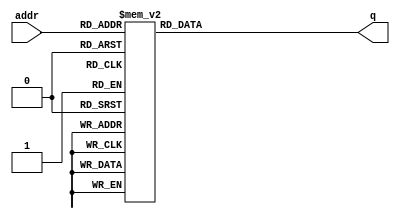
module ducq_costheta(
  input  wire [ 8:0] addr,
  output reg  [ 7:0] q
);
  always @* begin
    case (addr)
      9'h000: q = 8'hFF;
      9'h001: q = 8'hFF;
      9'h002: q = 8'hFF;
      9'h003: q = 8'hFF;
      9'h004: q = 8'hFF;
      9'h005: q = 8'hFF;
      9'h006: q = 8'hFF;
      9'h007: q = 8'hFF;
      9'h008: q = 8'hFF;
      9'h009: q = 8'hFF;
      9'h00A: q = 8'hFF;
      9'h00B: q = 8'hFF;
      9'h00C: q = 8'hFF;
      9'h00D: q = 8'hFF;
      9'h00E: q = 8'hFF;
      9'h00F: q = 8'hFF;
      9'h010: q = 8'hFF;
      9'h011: q = 8'hFF;
      9'h012: q = 8'hFF;
      9'h013: q = 8'hFF;
      9'h014: q = 8'hFF;
      9'h015: q = 8'hFF;
      9'h016: q = 8'hFF;
      9'h017: q = 8'hFF;
      9'h018: q = 8'hFF;
      9'h019: q = 8'hFF;
      9'h01A: q = 8'hFF;
      9'h01B: q = 8'hFF;
      9'h01C: q = 8'hFF;
      9'h01D: q = 8'hFF;
      9'h01E: q = 8'hFF;
      9'h01F: q = 8'hFF;
      9'h020: q = 8'hFF;
      9'h021: q = 8'hFF;
      9'h022: q = 8'hFF;
      9'h023: q = 8'hFF;
      9'h024: q = 8'hFF;
      9'h025: q = 8'hFF;
      9'h026: q = 8'hFF;
      9'h027: q = 8'hFF;
      9'h028: q = 8'hFF;
      9'h029: q = 8'hFF;
      9'h02A: q = 8'hFF;
      9'h02B: q = 8'hFF;
      9'h02C: q = 8'hFF;
      9'h02D: q = 8'hFF;
      9'h02E: q = 8'hFF;
      9'h02F: q = 8'hFF;
      9'h030: q = 8'hFF;
      9'h031: q = 8'hFF;
      9'h032: q = 8'hFF;
      9'h033: q = 8'hFF;
      9'h034: q = 8'hFF;
      9'h035: q = 8'hFF;
      9'h036: q = 8'hFF;
      9'h037: q = 8'hFF;
      9'h038: q = 8'hFF;
      9'h039: q = 8'hFF;
      9'h03A: q = 8'hFF;
      9'h03B: q = 8'hFF;
      9'h03C: q = 8'hFF;
      9'h03D: q = 8'hFF;
      9'h03E: q = 8'hFF;
      9'h03F: q = 8'hFF;
      9'h040: q = 8'hFF;
      9'h041: q = 8'hFF;
      9'h042: q = 8'hFF;
      9'h043: q = 8'hFF;
      9'h044: q = 8'hFF;
      9'h045: q = 8'hFF;
      9'h046: q = 8'hFF;
      9'h047: q = 8'hFE;
      9'h048: q = 8'hFE;
      9'h049: q = 8'hFE;
      9'h04A: q = 8'hFE;
      9'h04B: q = 8'hFE;
      9'h04C: q = 8'hFE;
      9'h04D: q = 8'hFE;
      9'h04E: q = 8'hFE;
      9'h04F: q = 8'hFE;
      9'h050: q = 8'hFE;
      9'h051: q = 8'hFE;
      9'h052: q = 8'hFE;
      9'h053: q = 8'hFE;
      9'h054: q = 8'hFE;
      9'h055: q = 8'hFE;
      9'h056: q = 8'hFE;
      9'h057: q = 8'hFE;
      9'h058: q = 8'hFE;
      9'h059: q = 8'hFE;
      9'h05A: q = 8'hFE;
      9'h05B: q = 8'hFE;
      9'h05C: q = 8'hFD;
      9'h05D: q = 8'hFD;
      9'h05E: q = 8'hFD;
      9'h05F: q = 8'hFD;
      9'h060: q = 8'hFD;
      9'h061: q = 8'hFD;
      9'h062: q = 8'hFD;
      9'h063: q = 8'hFD;
      9'h064: q = 8'hFD;
      9'h065: q = 8'hFD;
      9'h066: q = 8'hFD;
      9'h067: q = 8'hFD;
      9'h068: q = 8'hFD;
      9'h069: q = 8'hFD;
      9'h06A: q = 8'hFD;
      9'h06B: q = 8'hFD;
      9'h06C: q = 8'hFC;
      9'h06D: q = 8'hFC;
      9'h06E: q = 8'hFC;
      9'h06F: q = 8'hFC;
      9'h070: q = 8'hFC;
      9'h071: q = 8'hFC;
      9'h072: q = 8'hFC;
      9'h073: q = 8'hFC;
      9'h074: q = 8'hFC;
      9'h075: q = 8'hFC;
      9'h076: q = 8'hFC;
      9'h077: q = 8'hFC;
      9'h078: q = 8'hFC;
      9'h079: q = 8'hFC;
      9'h07A: q = 8'hFC;
      9'h07B: q = 8'hFB;
      9'h07C: q = 8'hFB;
      9'h07D: q = 8'hFB;
      9'h07E: q = 8'hFB;
      9'h07F: q = 8'hFB;
      9'h080: q = 8'hFB;
      9'h081: q = 8'hFB;
      9'h082: q = 8'hFB;
      9'h083: q = 8'hFB;
      9'h084: q = 8'hFB;
      9'h085: q = 8'hFB;
      9'h086: q = 8'hFB;
      9'h087: q = 8'hFB;
      9'h088: q = 8'hFA;
      9'h089: q = 8'hFA;
      9'h08A: q = 8'hFA;
      9'h08B: q = 8'hFA;
      9'h08C: q = 8'hFA;
      9'h08D: q = 8'hFA;
      9'h08E: q = 8'hFA;
      9'h08F: q = 8'hFA;
      9'h090: q = 8'hFA;
      9'h091: q = 8'hFA;
      9'h092: q = 8'hFA;
      9'h093: q = 8'hFA;
      9'h094: q = 8'hF9;
      9'h095: q = 8'hF9;
      9'h096: q = 8'hF9;
      9'h097: q = 8'hF9;
      9'h098: q = 8'hF9;
      9'h099: q = 8'hF9;
      9'h09A: q = 8'hF9;
      9'h09B: q = 8'hF9;
      9'h09C: q = 8'hF9;
      9'h09D: q = 8'hF9;
      9'h09E: q = 8'hF9;
      9'h09F: q = 8'hF8;
      9'h0A0: q = 8'hF8;
      9'h0A1: q = 8'hF8;
      9'h0A2: q = 8'hF8;
      9'h0A3: q = 8'hF8;
      9'h0A4: q = 8'hF8;
      9'h0A5: q = 8'hF8;
      9'h0A6: q = 8'hF8;
      9'h0A7: q = 8'hF8;
      9'h0A8: q = 8'hF8;
      9'h0A9: q = 8'hF7;
      9'h0AA: q = 8'hF7;
      9'h0AB: q = 8'hF7;
      9'h0AC: q = 8'hF7;
      9'h0AD: q = 8'hF7;
      9'h0AE: q = 8'hF7;
      9'h0AF: q = 8'hF7;
      9'h0B0: q = 8'hF7;
      9'h0B1: q = 8'hF7;
      9'h0B2: q = 8'hF7;
      9'h0B3: q = 8'hF6;
      9'h0B4: q = 8'hF6;
      9'h0B5: q = 8'hF6;
      9'h0B6: q = 8'hF6;
      9'h0B7: q = 8'hF6;
      9'h0B8: q = 8'hF6;
      9'h0B9: q = 8'hF6;
      9'h0BA: q = 8'hF6;
      9'h0BB: q = 8'hF6;
      9'h0BC: q = 8'hF5;
      9'h0BD: q = 8'hF5;
      9'h0BE: q = 8'hF5;
      9'h0BF: q = 8'hF5;
      9'h0C0: q = 8'hF5;
      9'h0C1: q = 8'hF5;
      9'h0C2: q = 8'hF5;
      9'h0C3: q = 8'hF5;
      9'h0C4: q = 8'hF5;
      9'h0C5: q = 8'hF4;
      9'h0C6: q = 8'hF4;
      9'h0C7: q = 8'hF4;
      9'h0C8: q = 8'hF4;
      9'h0C9: q = 8'hF4;
      9'h0CA: q = 8'hF4;
      9'h0CB: q = 8'hF4;
      9'h0CC: q = 8'hF4;
      9'h0CD: q = 8'hF3;
      9'h0CE: q = 8'hF3;
      9'h0CF: q = 8'hF3;
      9'h0D0: q = 8'hF3;
      9'h0D1: q = 8'hF3;
      9'h0D2: q = 8'hF3;
      9'h0D3: q = 8'hF3;
      9'h0D4: q = 8'hF3;
      9'h0D5: q = 8'hF2;
      9'h0D6: q = 8'hF2;
      9'h0D7: q = 8'hF2;
      9'h0D8: q = 8'hF2;
      9'h0D9: q = 8'hF2;
      9'h0DA: q = 8'hF2;
      9'h0DB: q = 8'hF2;
      9'h0DC: q = 8'hF2;
      9'h0DD: q = 8'hF1;
      9'h0DE: q = 8'hF1;
      9'h0DF: q = 8'hF1;
      9'h0E0: q = 8'hF1;
      9'h0E1: q = 8'hF1;
      9'h0E2: q = 8'hF1;
      9'h0E3: q = 8'hF1;
      9'h0E4: q = 8'hF1;
      9'h0E5: q = 8'hF0;
      9'h0E6: q = 8'hF0;
      9'h0E7: q = 8'hF0;
      9'h0E8: q = 8'hF0;
      9'h0E9: q = 8'hF0;
      9'h0EA: q = 8'hF0;
      9'h0EB: q = 8'hF0;
      9'h0EC: q = 8'hEF;
      9'h0ED: q = 8'hEF;
      9'h0EE: q = 8'hEF;
      9'h0EF: q = 8'hEF;
      9'h0F0: q = 8'hEF;
      9'h0F1: q = 8'hEF;
      9'h0F2: q = 8'hEF;
      9'h0F3: q = 8'hEE;
      9'h0F4: q = 8'hEE;
      9'h0F5: q = 8'hEE;
      9'h0F6: q = 8'hEE;
      9'h0F7: q = 8'hEE;
      9'h0F8: q = 8'hEE;
      9'h0F9: q = 8'hEE;
      9'h0FA: q = 8'hED;
      9'h0FB: q = 8'hED;
      9'h0FC: q = 8'hED;
      9'h0FD: q = 8'hED;
      9'h0FE: q = 8'hED;
      9'h0FF: q = 8'hED;
      9'h100: q = 8'hED;
      9'h101: q = 8'hEC;
      9'h102: q = 8'hEC;
      9'h103: q = 8'hEC;
      9'h104: q = 8'hEC;
      9'h105: q = 8'hEC;
      9'h106: q = 8'hEC;
      9'h107: q = 8'hEB;
      9'h108: q = 8'hEB;
      9'h109: q = 8'hEB;
      9'h10A: q = 8'hEB;
      9'h10B: q = 8'hEB;
      9'h10C: q = 8'hEB;
      9'h10D: q = 8'hEB;
      9'h10E: q = 8'hEA;
      9'h10F: q = 8'hEA;
      9'h110: q = 8'hEA;
      9'h111: q = 8'hEA;
      9'h112: q = 8'hEA;
      9'h113: q = 8'hEA;
      9'h114: q = 8'hE9;
      9'h115: q = 8'hE9;
      9'h116: q = 8'hE9;
      9'h117: q = 8'hE9;
      9'h118: q = 8'hE9;
      9'h119: q = 8'hE9;
      9'h11A: q = 8'hE8;
      9'h11B: q = 8'hE8;
      9'h11C: q = 8'hE8;
      9'h11D: q = 8'hE8;
      9'h11E: q = 8'hE8;
      9'h11F: q = 8'hE8;
      9'h120: q = 8'hE7;
      9'h121: q = 8'hE7;
      9'h122: q = 8'hE7;
      9'h123: q = 8'hE7;
      9'h124: q = 8'hE7;
      9'h125: q = 8'hE7;
      9'h126: q = 8'hE6;
      9'h127: q = 8'hE6;
      9'h128: q = 8'hE6;
      9'h129: q = 8'hE6;
      9'h12A: q = 8'hE6;
      9'h12B: q = 8'hE6;
      9'h12C: q = 8'hE5;
      9'h12D: q = 8'hE5;
      9'h12E: q = 8'hE5;
      9'h12F: q = 8'hE5;
      9'h130: q = 8'hE5;
      9'h131: q = 8'hE4;
      9'h132: q = 8'hE4;
      9'h133: q = 8'hE4;
      9'h134: q = 8'hE4;
      9'h135: q = 8'hE4;
      9'h136: q = 8'hE4;
      9'h137: q = 8'hE3;
      9'h138: q = 8'hE3;
      9'h139: q = 8'hE3;
      9'h13A: q = 8'hE3;
      9'h13B: q = 8'hE3;
      9'h13C: q = 8'hE3;
      9'h13D: q = 8'hE2;
      9'h13E: q = 8'hE2;
      9'h13F: q = 8'hE2;
      9'h140: q = 8'hE2;
      9'h141: q = 8'hE2;
      9'h142: q = 8'hE1;
      9'h143: q = 8'hE1;
      9'h144: q = 8'hE1;
      9'h145: q = 8'hE1;
      9'h146: q = 8'hE1;
      9'h147: q = 8'hE0;
      9'h148: q = 8'hE0;
      9'h149: q = 8'hE0;
      9'h14A: q = 8'hE0;
      9'h14B: q = 8'hE0;
      9'h14C: q = 8'hE0;
      9'h14D: q = 8'hDF;
      9'h14E: q = 8'hDF;
      9'h14F: q = 8'hDF;
      9'h150: q = 8'hDF;
      9'h151: q = 8'hDF;
      9'h152: q = 8'hDE;
      9'h153: q = 8'hDE;
      9'h154: q = 8'hDE;
      9'h155: q = 8'hDE;
      9'h156: q = 8'hDE;
      9'h157: q = 8'hDD;
      9'h158: q = 8'hDD;
      9'h159: q = 8'hDD;
      9'h15A: q = 8'hDD;
      9'h15B: q = 8'hDD;
      9'h15C: q = 8'hDC;
      9'h15D: q = 8'hDC;
      9'h15E: q = 8'hDC;
      9'h15F: q = 8'hDC;
      9'h160: q = 8'hDC;
      9'h161: q = 8'hDB;
      9'h162: q = 8'hDB;
      9'h163: q = 8'hDB;
      9'h164: q = 8'hDB;
      9'h165: q = 8'hDB;
      9'h166: q = 8'hDA;
      9'h167: q = 8'hDA;
      9'h168: q = 8'hDA;
      9'h169: q = 8'hDA;
      9'h16A: q = 8'hDA;
      9'h16B: q = 8'hD9;
      9'h16C: q = 8'hD9;
      9'h16D: q = 8'hD9;
      9'h16E: q = 8'hD9;
      9'h16F: q = 8'hD8;
      9'h170: q = 8'hD8;
      9'h171: q = 8'hD8;
      9'h172: q = 8'hD8;
      9'h173: q = 8'hD8;
      9'h174: q = 8'hD7;
      9'h175: q = 8'hD7;
      9'h176: q = 8'hD7;
      9'h177: q = 8'hD7;
      9'h178: q = 8'hD7;
      9'h179: q = 8'hD6;
      9'h17A: q = 8'hD6;
      9'h17B: q = 8'hD6;
      9'h17C: q = 8'hD6;
      9'h17D: q = 8'hD6;
      9'h17E: q = 8'hD5;
      9'h17F: q = 8'hD5;
      9'h180: q = 8'hD5;
      9'h181: q = 8'hD5;
      9'h182: q = 8'hD4;
      9'h183: q = 8'hD4;
      9'h184: q = 8'hD4;
      9'h185: q = 8'hD4;
      9'h186: q = 8'hD4;
      9'h187: q = 8'hD3;
      9'h188: q = 8'hD3;
      9'h189: q = 8'hD3;
      9'h18A: q = 8'hD3;
      9'h18B: q = 8'hD2;
      9'h18C: q = 8'hD2;
      9'h18D: q = 8'hD2;
      9'h18E: q = 8'hD2;
      9'h18F: q = 8'hD2;
      9'h190: q = 8'hD1;
      9'h191: q = 8'hD1;
      9'h192: q = 8'hD1;
      9'h193: q = 8'hD1;
      9'h194: q = 8'hD0;
      9'h195: q = 8'hD0;
      9'h196: q = 8'hD0;
      9'h197: q = 8'hD0;
      9'h198: q = 8'hCF;
      9'h199: q = 8'hCF;
      9'h19A: q = 8'hCF;
      9'h19B: q = 8'hCF;
      9'h19C: q = 8'hCF;
      9'h19D: q = 8'hCE;
      9'h19E: q = 8'hCE;
      9'h19F: q = 8'hCE;
      9'h1A0: q = 8'hCE;
      9'h1A1: q = 8'hCD;
      9'h1A2: q = 8'hCD;
      9'h1A3: q = 8'hCD;
      9'h1A4: q = 8'hCD;
      9'h1A5: q = 8'hCC;
      9'h1A6: q = 8'hCC;
      9'h1A7: q = 8'hCC;
      9'h1A8: q = 8'hCC;
      9'h1A9: q = 8'hCB;
      9'h1AA: q = 8'hCB;
      9'h1AB: q = 8'hCB;
      9'h1AC: q = 8'hCB;
      9'h1AD: q = 8'hCB;
      9'h1AE: q = 8'hCA;
      9'h1AF: q = 8'hCA;
      9'h1B0: q = 8'hCA;
      9'h1B1: q = 8'hCA;
      9'h1B2: q = 8'hC9;
      9'h1B3: q = 8'hC9;
      9'h1B4: q = 8'hC9;
      9'h1B5: q = 8'hC9;
      9'h1B6: q = 8'hC8;
      9'h1B7: q = 8'hC8;
      9'h1B8: q = 8'hC8;
      9'h1B9: q = 8'hC8;
      9'h1BA: q = 8'hC7;
      9'h1BB: q = 8'hC7;
      9'h1BC: q = 8'hC7;
      9'h1BD: q = 8'hC7;
      9'h1BE: q = 8'hC6;
      9'h1BF: q = 8'hC6;
      9'h1C0: q = 8'hC6;
      9'h1C1: q = 8'hC6;
      9'h1C2: q = 8'hC5;
      9'h1C3: q = 8'hC5;
      9'h1C4: q = 8'hC5;
      9'h1C5: q = 8'hC5;
      9'h1C6: q = 8'hC4;
      9'h1C7: q = 8'hC4;
      9'h1C8: q = 8'hC4;
      9'h1C9: q = 8'hC4;
      9'h1CA: q = 8'hC3;
      9'h1CB: q = 8'hC3;
      9'h1CC: q = 8'hC3;
      9'h1CD: q = 8'hC3;
      9'h1CE: q = 8'hC2;
      9'h1CF: q = 8'hC2;
      9'h1D0: q = 8'hC2;
      9'h1D1: q = 8'hC2;
      9'h1D2: q = 8'hC1;
      9'h1D3: q = 8'hC1;
      9'h1D4: q = 8'hC1;
      9'h1D5: q = 8'hC1;
      9'h1D6: q = 8'hC0;
      9'h1D7: q = 8'hC0;
      9'h1D8: q = 8'hC0;
      9'h1D9: q = 8'hC0;
      9'h1DA: q = 8'hBF;
      9'h1DB: q = 8'hBF;
      9'h1DC: q = 8'hBF;
      9'h1DD: q = 8'hBE;
      9'h1DE: q = 8'hBE;
      9'h1DF: q = 8'hBE;
      9'h1E0: q = 8'hBE;
      9'h1E1: q = 8'hBD;
      9'h1E2: q = 8'hBD;
      9'h1E3: q = 8'hBD;
      9'h1E4: q = 8'hBD;
      9'h1E5: q = 8'hBC;
      9'h1E6: q = 8'hBC;
      9'h1E7: q = 8'hBC;
      9'h1E8: q = 8'hBC;
      9'h1E9: q = 8'hBB;
      9'h1EA: q = 8'hBB;
      9'h1EB: q = 8'hBB;
      9'h1EC: q = 8'hBA;
      9'h1ED: q = 8'hBA;
      9'h1EE: q = 8'hBA;
      9'h1EF: q = 8'hBA;
      9'h1F0: q = 8'hB9;
      9'h1F1: q = 8'hB9;
      9'h1F2: q = 8'hB9;
      9'h1F3: q = 8'hB9;
      9'h1F4: q = 8'hB8;
      9'h1F5: q = 8'hB8;
      9'h1F6: q = 8'hB8;
      9'h1F7: q = 8'hB8;
      9'h1F8: q = 8'hB7;
      9'h1F9: q = 8'hB7;
      9'h1FA: q = 8'hB7;
      9'h1FB: q = 8'hB6;
      9'h1FC: q = 8'hB6;
      9'h1FD: q = 8'hB6;
      9'h1FE: q = 8'hB6;
      9'h1FF: q = 8'hB5;
      default: q = 8'h0;
    endcase
  end
endmodule